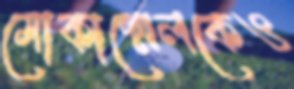
মোকাম্মেলকেও